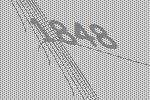
1848